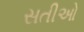
સતીઓ